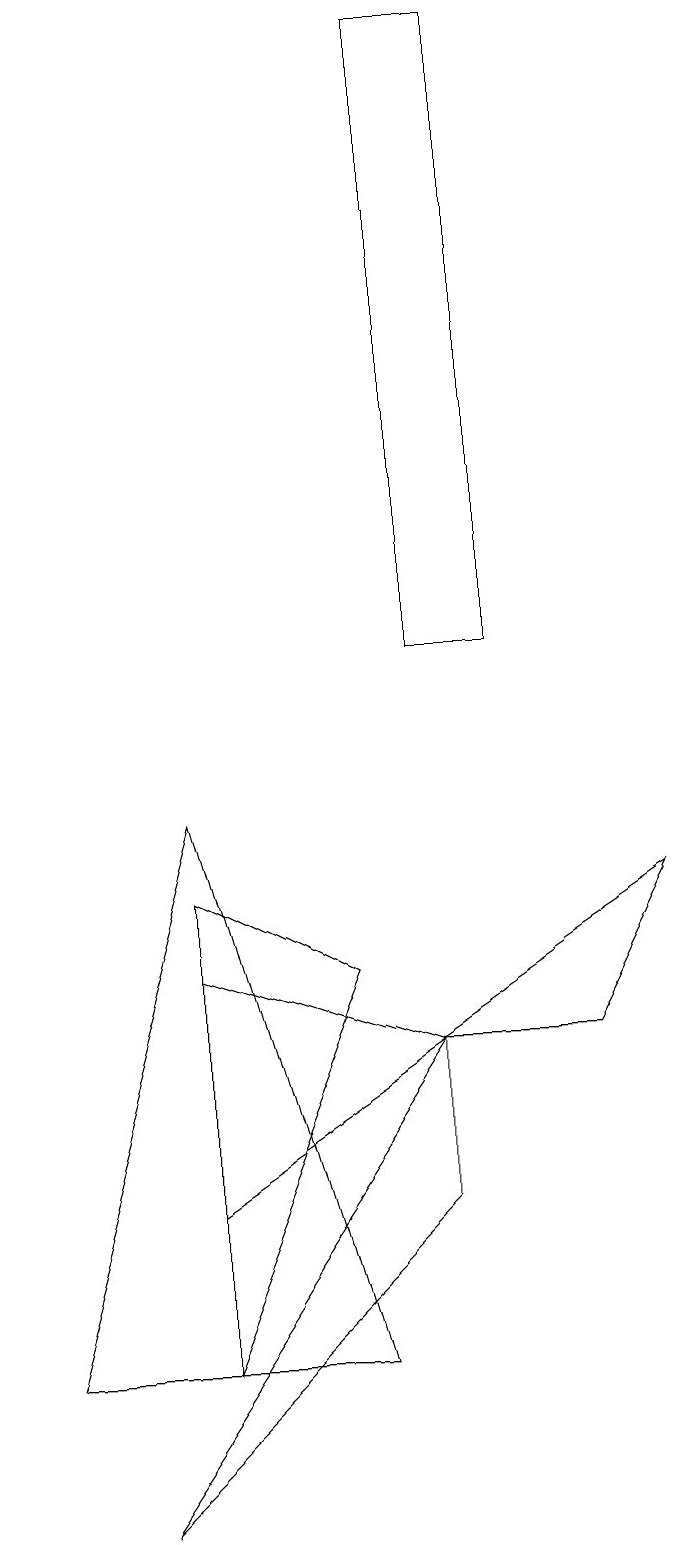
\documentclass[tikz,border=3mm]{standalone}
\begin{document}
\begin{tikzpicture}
\draw (5,6) -- (2,7) -- (2,4) -- cycle;
\draw (6,19) rectangle (5,11);
\draw (5,4) -- (5,6) -- (1,0) -- cycle;
\draw (5,6) -- (8,8) -- (7,6) -- cycle;
\draw (4,7) -- (2,8) -- (2,2) -- cycle;
\draw (0,2) -- (2,9) -- (4,2) -- cycle;
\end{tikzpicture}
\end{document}